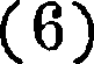
(6)